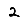
Digit: 2